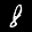
Label: 8